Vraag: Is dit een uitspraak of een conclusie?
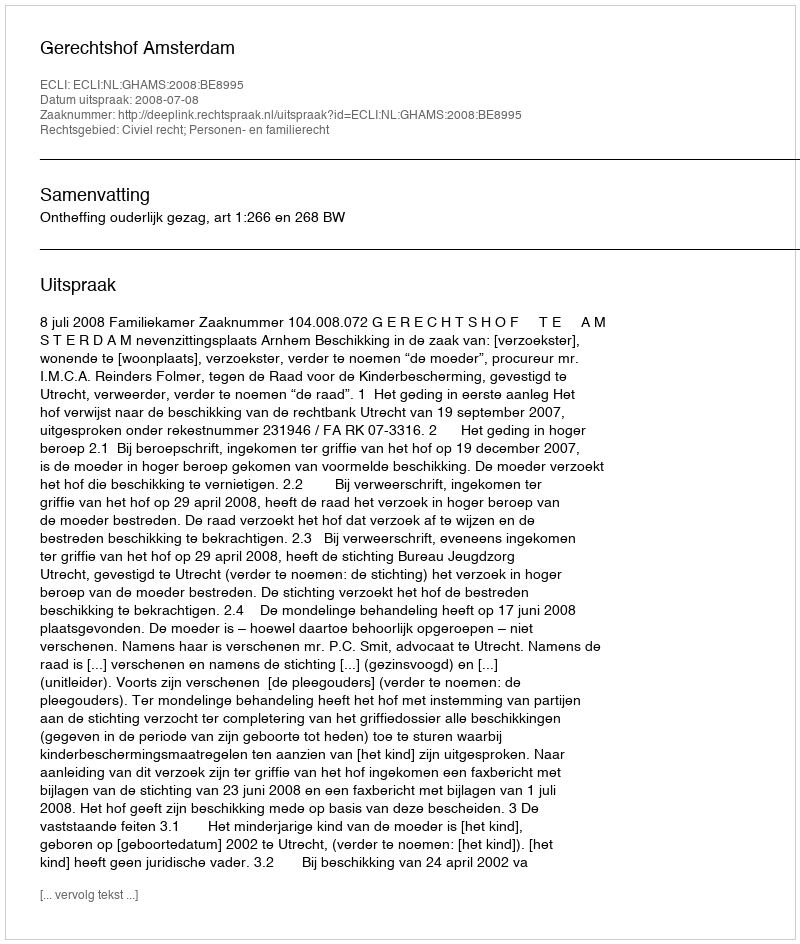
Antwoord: Uitspraak